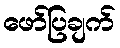
ဖော်ပြချက်